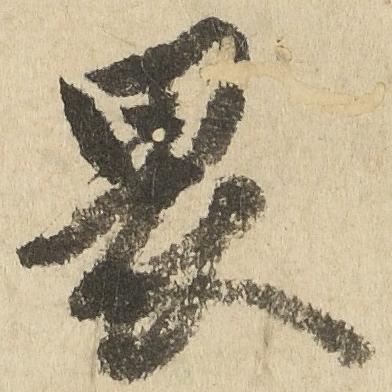
畏